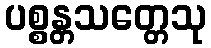
ပစ္စန္တသတ္တေသု